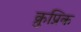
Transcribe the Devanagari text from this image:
क्रुप्निक